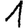
Digit: 1